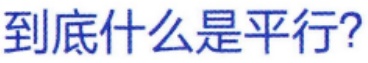
到底什么是平行?